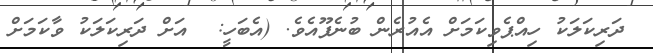
ދަރިކަލަކު ހިއްޕެވިކަމަށް އެއުރެން ބުނެފޫއެވެ. (އެބަހީ:  އަށް ދަރިކަލަކު ވާކަމަށް